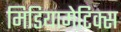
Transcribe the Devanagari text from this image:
मिडियामेटिक्स